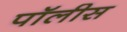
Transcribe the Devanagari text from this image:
पॉलीस